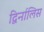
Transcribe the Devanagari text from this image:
द्विर्नालिस